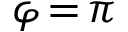
\varphi \! = \! \pi